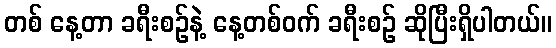
တစ် နေ့တာ ခရီးစဉ်နဲ့ နေ့တစ်ဝက် ခရီးစဉ် ဆိုပြီးရှိပါတယ်။